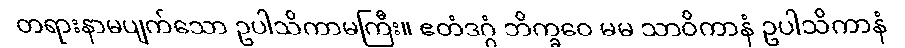
တရားနာမပျက်သော ဥပါသိကာမကြီး။ ဧတံဒဂ္ဂံ ဘိက္ခဝေ မမ သာဝိကာနံ ဥပါသိကာနံ